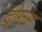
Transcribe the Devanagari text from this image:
दोग्ल्स